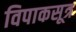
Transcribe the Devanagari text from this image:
विपाकसूत्र